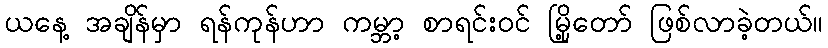
ယနေ့ အချိန်မှာ ရန်ကုန်ဟာ ကမ္ဘာ့ စာရင်းဝင် မြို့တော် ဖြစ်လာခဲ့တယ်။